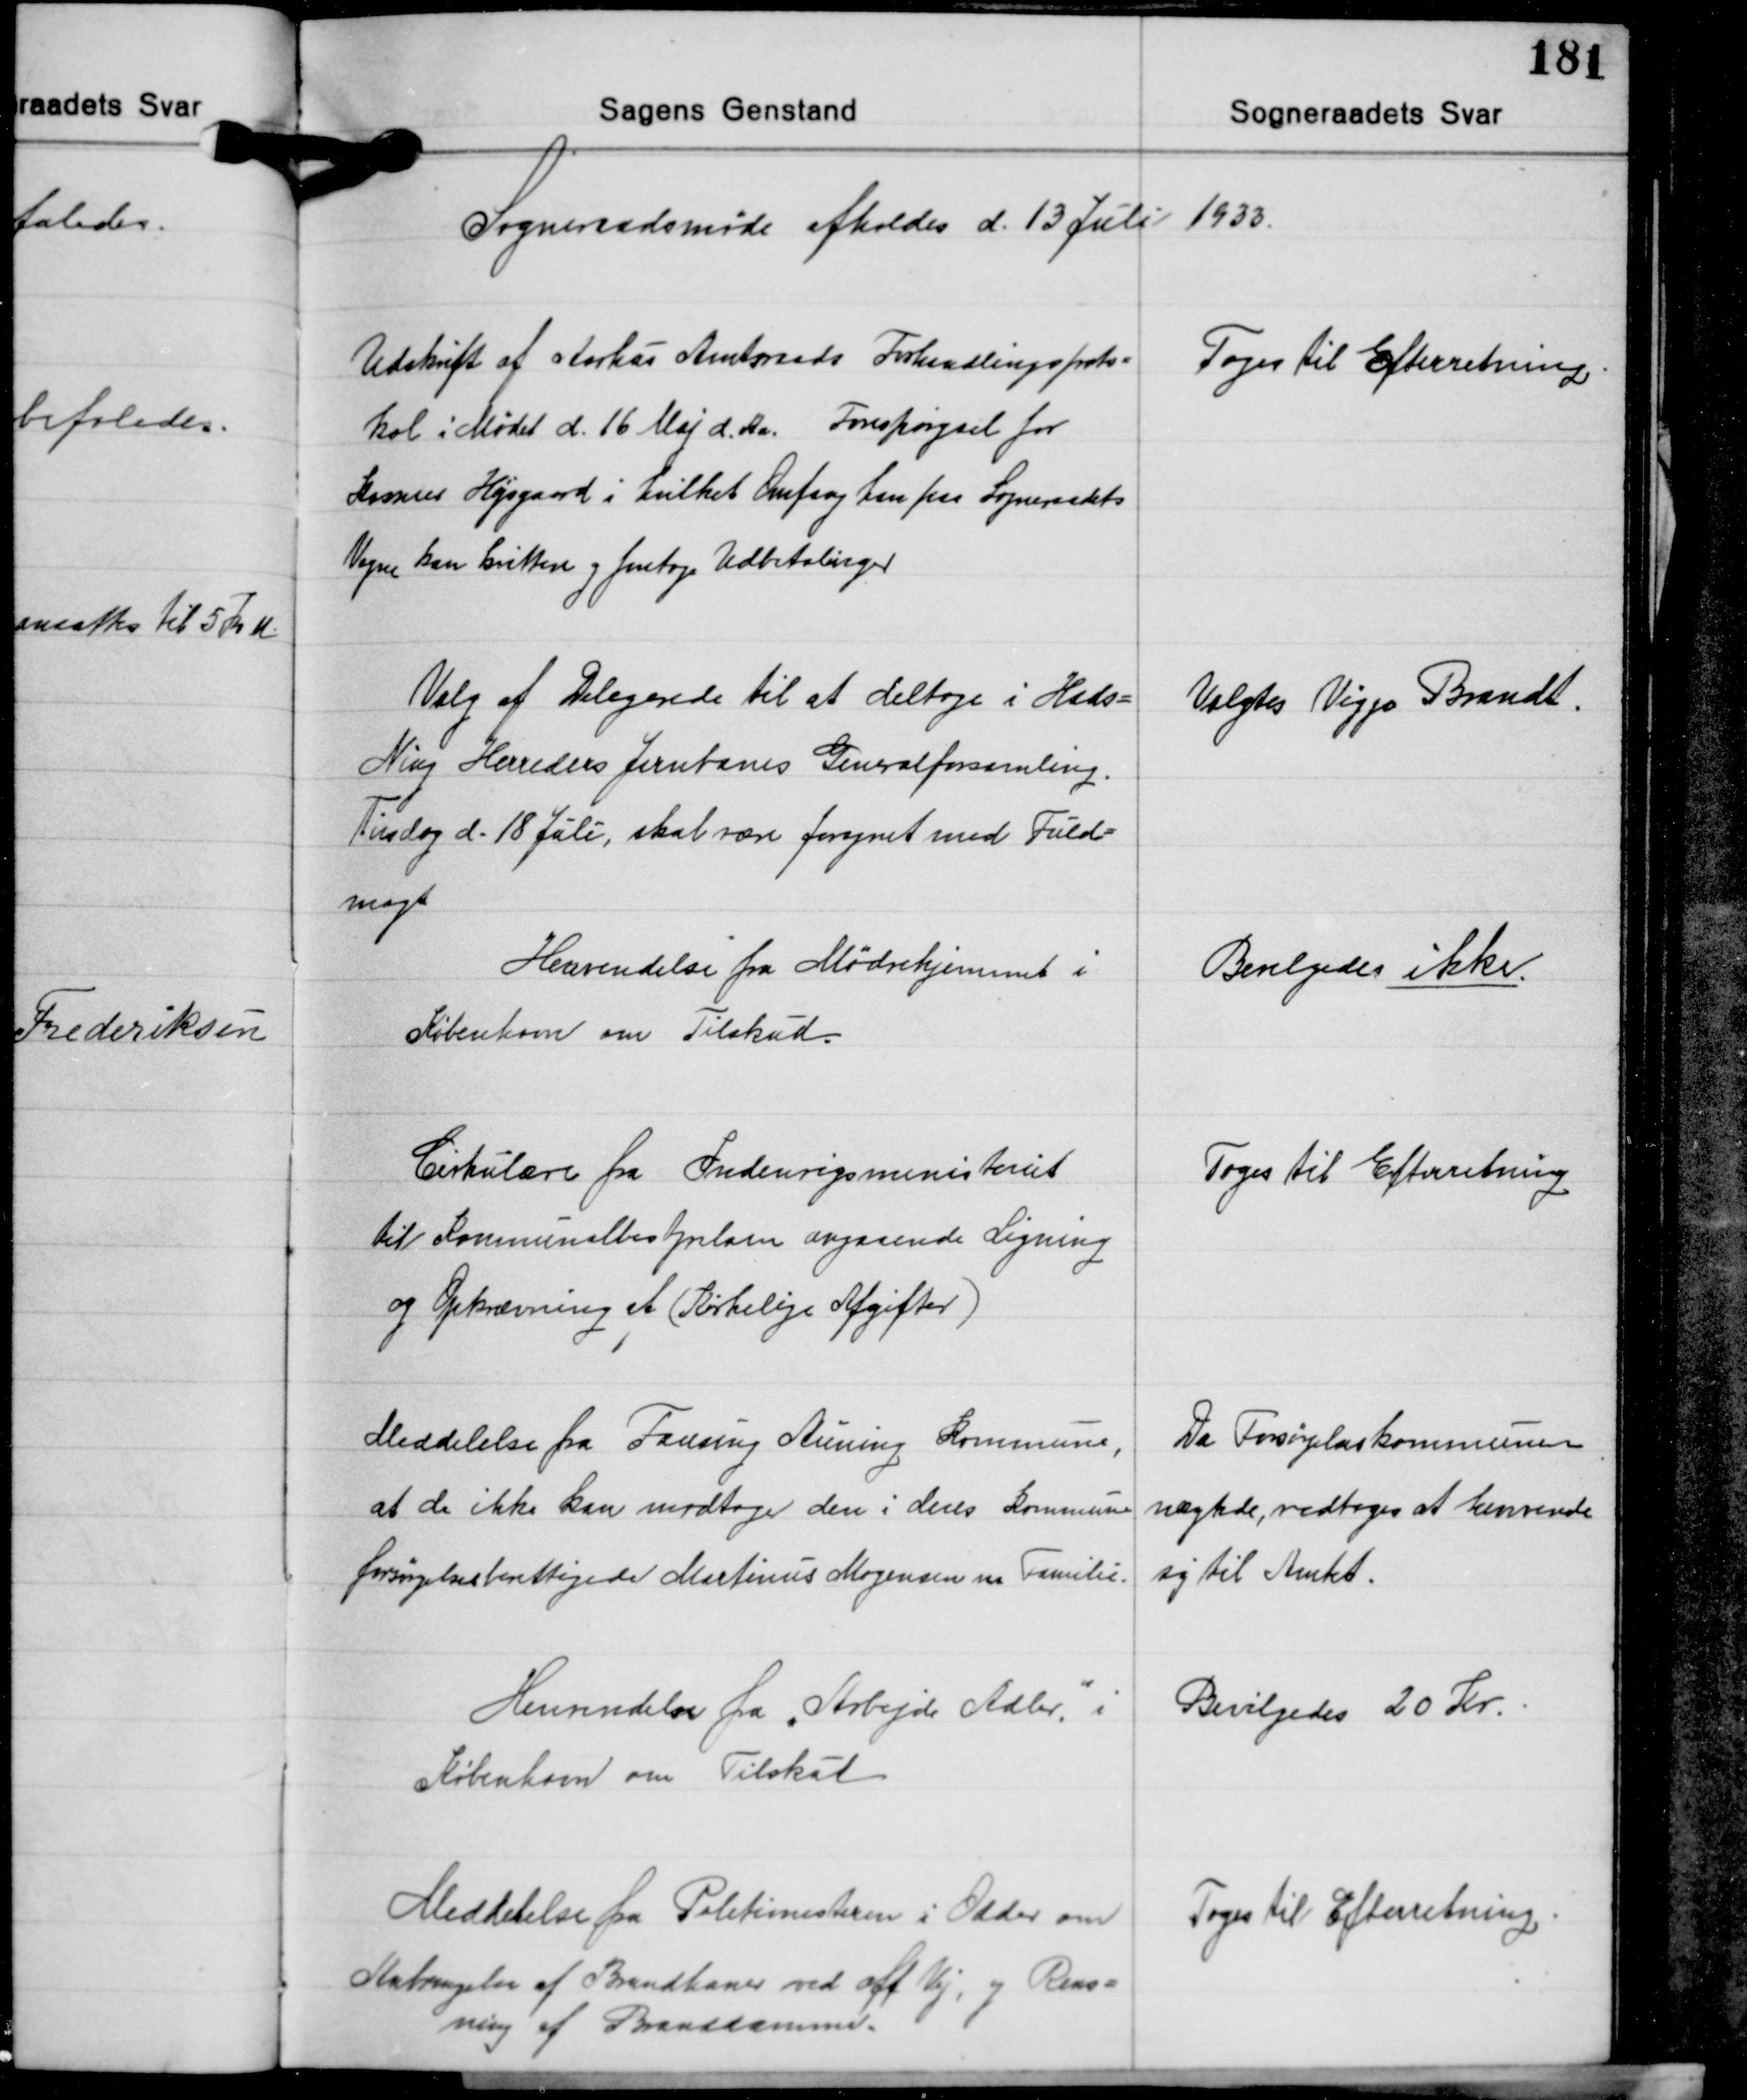
Transskription:
Sogneraadsmøde afholdes d. 13 Juli 1933.

Udskrift af Aarhus Amtsraads Forhandlingsproto-
kol i Mødet d. 16 Maj d. Aa. Forespørgsel for
Rasmus Højsgaard i hvilket Omfang han paa Sogneraadets
Vegne kan kvittere og foretage Udbetalinger

Toges til Efterretning.

Valg af Delegerede til at deltage i Hads-
Ning Herreders Jernbanes Generalforsamling.
Tirsdag d. 18 Juli, skal være forsynet med Fuld-
magt

Valgtes Viggo Brandt.

Henvendelse fra Mødrehjemmet i
København om Tilskud.

Bevilgedes ikke.

Cirkulære fra Indenrigsministeriet
til Kommunalbestyrelsen angaaende Ligning
og Opkrævning af (Kirkelige Afgifter)

Toges til Efterretning

Meddelelse fra Fausing Auning Kommune,
at de ikke kan modtage den i deres Kommune
forsørgelsesberettigede Martinus Mogensen m. Familie.

Da Forsørgelsskommunen
nægtede, vedtoges at henvende
sig til Amtet.

Henvendelse fra "Arbejde Adler" i
København om Tilskud

Bevilgedes 20 Kr.

Meddelelse fra Politimesteren i Odder om
Anbringelse af Brandhaner ved off. Vej, og Rens-
ning af Branddamme.

Toges til Efterretning.